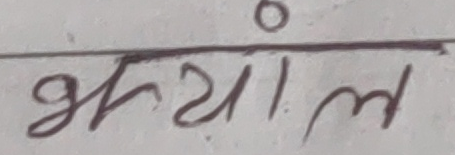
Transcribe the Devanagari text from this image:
भ्याल